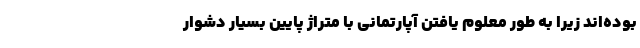
بوده‌اند زیرا به طور معلوم یافتن آپارتمانی با متراژ پایین بسیار دشوار